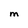
Character: m